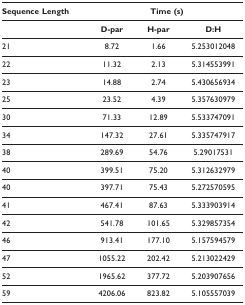
<table><thead><tr><td><b>Sequence Length</b></td><td colspan="3"><b>Time (s)</b></td></tr></thead><tbody><tr><td></td><td><b>D-par</b></td><td><b>H-par</b></td><td><b>D:H</b></td></tr><tr><td>21</td><td>8.72</td><td>1.66</td><td>5.253012048</td></tr><tr><td>22</td><td>11.32</td><td>2.13</td><td>5.314553991</td></tr><tr><td>23</td><td>14.88</td><td>2.74</td><td>5.430656934</td></tr><tr><td>25</td><td>23.52</td><td>4.39</td><td>5.357630979</td></tr><tr><td>30</td><td>71.33</td><td>12.89</td><td>5.533747091</td></tr><tr><td>34</td><td>147.32</td><td>27.61</td><td>5.335747917</td></tr><tr><td>38</td><td>289.69</td><td>54.76</td><td>5.29017531</td></tr><tr><td>40</td><td>399.51</td><td>75.20</td><td>5.312632979</td></tr><tr><td>40</td><td>397.71</td><td>75.43</td><td>5.272570595</td></tr><tr><td>41</td><td>467.41</td><td>87.63</td><td>5.333903914</td></tr><tr><td>42</td><td>541.78</td><td>101.65</td><td>5.329857354</td></tr><tr><td>46</td><td>913.41</td><td>177.10</td><td>5.157594579</td></tr><tr><td>47</td><td>1055.22</td><td>202.42</td><td>5.213022429</td></tr><tr><td>52</td><td>1965.62</td><td>377.72</td><td>5.203907656</td></tr><tr><td>59</td><td>4206.06</td><td>823.82</td><td>5.105557039</td></tr></tbody></table>